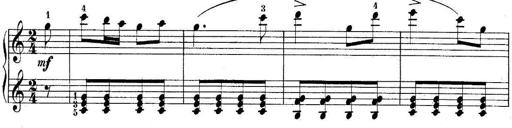
Title: 10 Sonatines progressives
Composer: Anton Schmoll